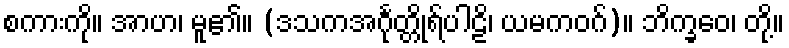
စကားကို။ အာဟ၊ မူ၏။ (ဒသကအင်္ဂုတ္တိုရ်ပါဠိ၊ ယမကဝဂ်)။ ဘိက္ခဝေ၊ တို့။